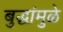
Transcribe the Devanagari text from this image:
बुद्धांमुळे